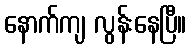
နောက်ကျ လွန်းနေပြီ။